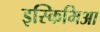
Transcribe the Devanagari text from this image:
इस्किमिआ